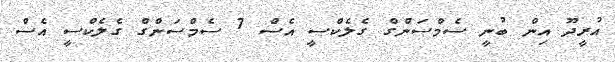
އުރީދޫ އިން ބުނީ ސެމްސަންގް ގެލެކްސީ އެސް 7 ސެމްސަންގް ގެލެކްސީ އެސް